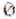
0